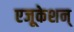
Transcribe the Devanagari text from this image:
एजूकेशन्